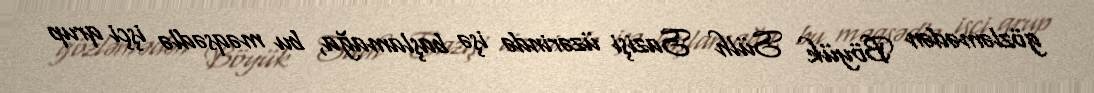
gözləmədən Böyük Sülh Sazişi üzərində işə başlamağa, bu məqsədlə işçi qrup